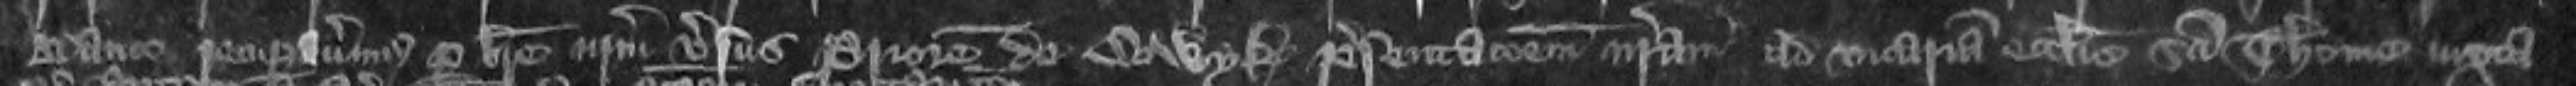
Banco recuperavimus quod breve nostrum versus Priorem de Colwyk presentationem nostram ad vicariam ecclesie Sancti Thome iuxta